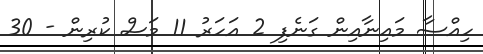
ހިއްސާ މައިނާއިން ގަނެފި 2 އަހަރު 11 މަސް ކުރިން - 30